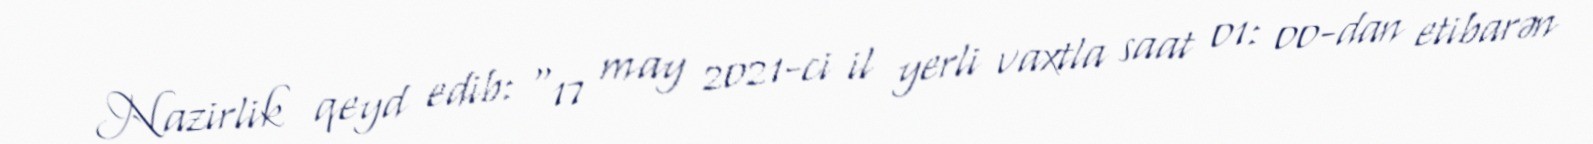
Nazirlik qeyd edib: "17 may 2021-ci il yerli vaxtla saat 01: 00-dan etibarən